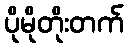
ပိုမိုတိုးတက်